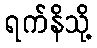
ရက်နိသို့